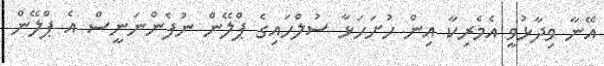
އޭނާ ވިދާޅުވީ އެމެރިކާ އިން ހުށަހަޅާ ސުލްހައިގެ ޕްލޭން ނުފެންނަނީސް އެ ޕްލޭން